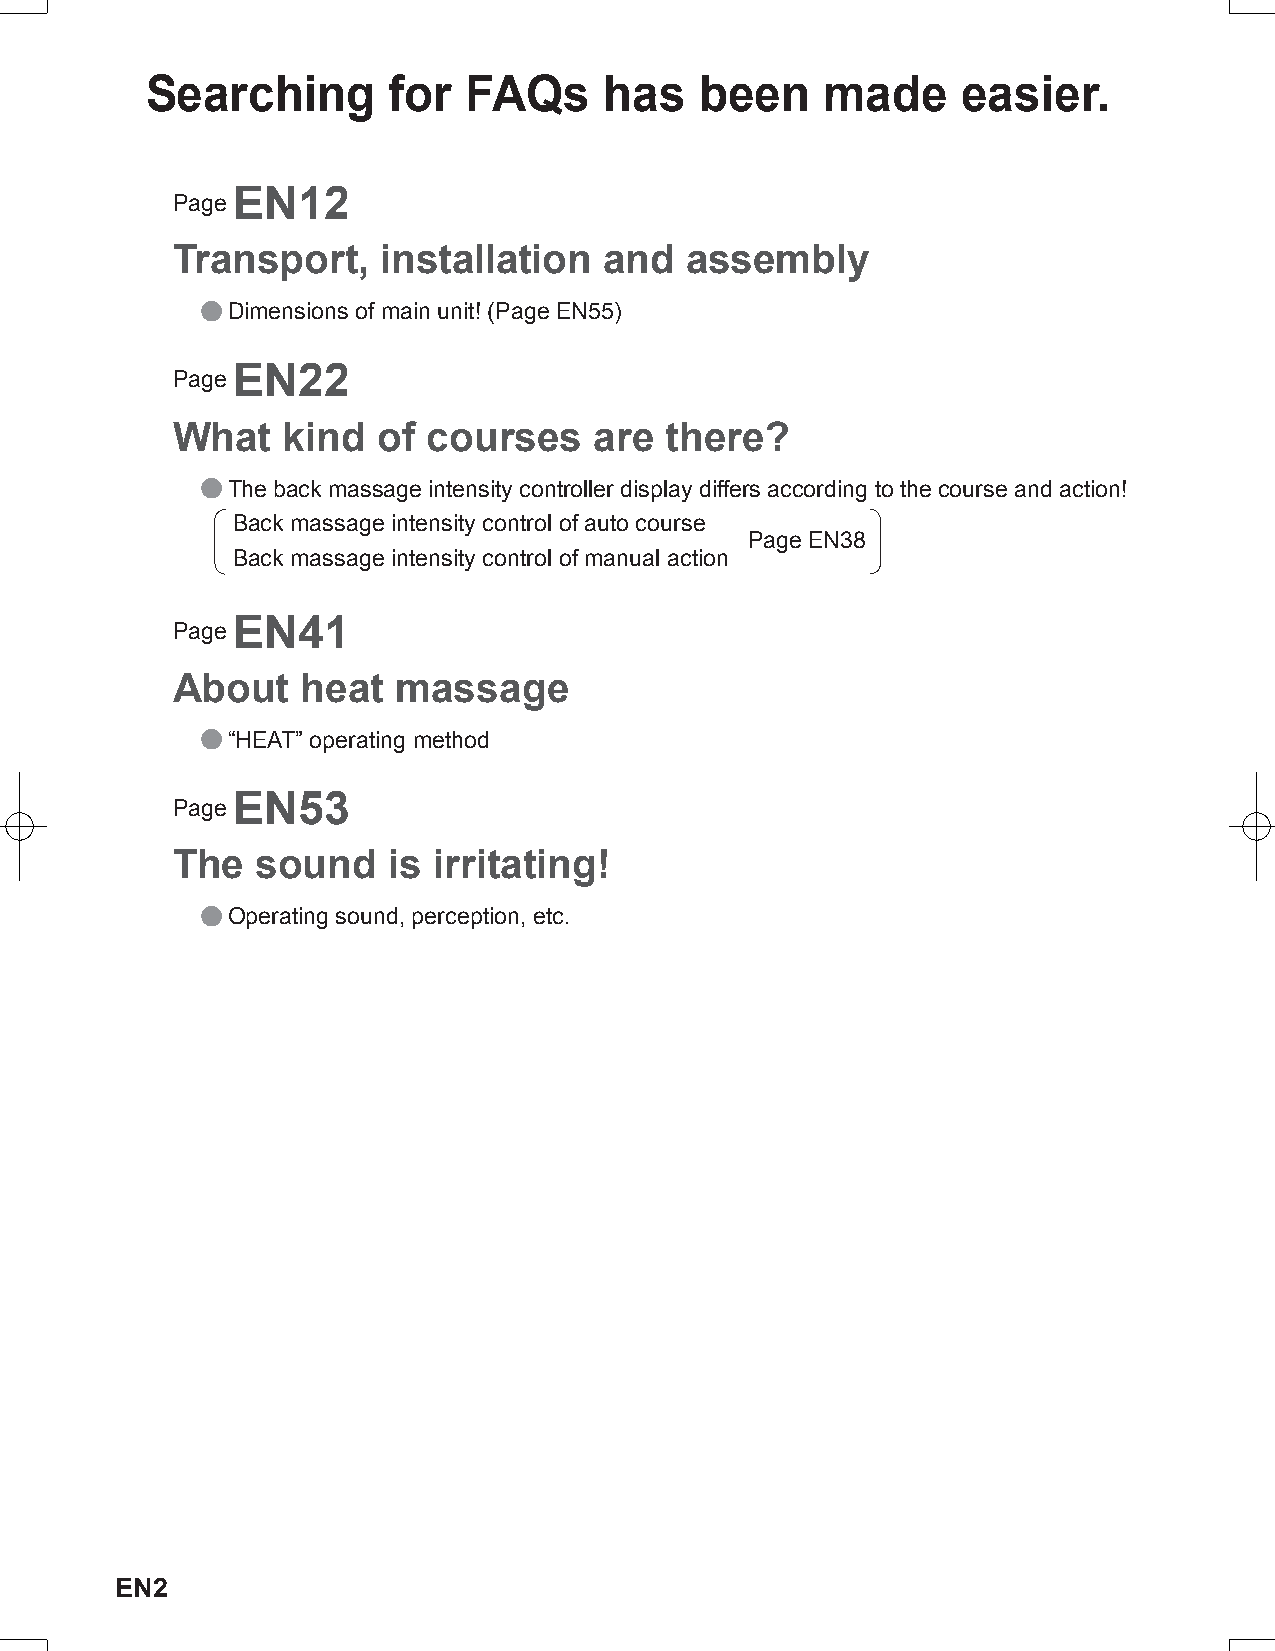
Searching       for  FAQs     has   been     made     easier.
 EN12
 Page
 Transport,    installation   and  assembly
 ● Dimensions of main unit! (Page EN55)
 EN22
 Page
 What    kind  of courses    are  there?
 ● The back massage intensity controller display differs according to the course and action!
 Back massage intensity control of auto course
 Page EN38
 Back massage intensity control of manual action
 EN41
 Page
 About    heat  massage
 ● “HEAT” operating method
 EN53
 Page
 The   sound    is irritating!
 ● Operating sound, perception, etc.
 EN2